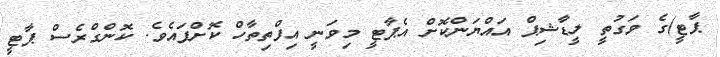
ޕާޓީ)ގެ ވަގުތީ ލީޑާޝިޕް އައްޔަންކޮށް އެޕާޓީ މިވަނީ އިފްތިތާހް ކޮށްފައެވެ. ކޮންގްރެސް ޕާޓީ